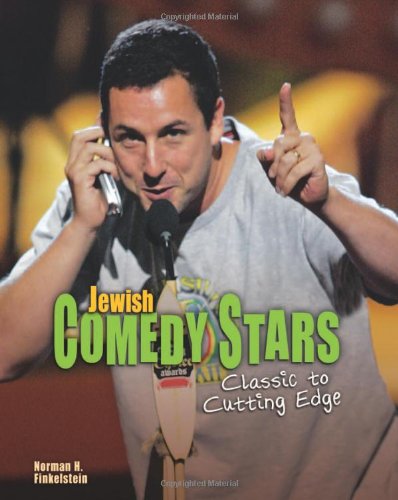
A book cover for Jewish Comedy Stars: Classic to Cutting Edge; Norman H. Finkelstein; Teen & Young Adult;